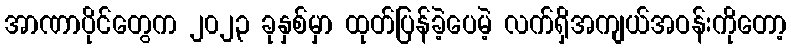
အာဏာပိုင်တွေက ၂၀၂၃ ခုနှစ်မှာ ထုတ်ပြန်ခဲ့ပေမဲ့ လက်ရှိအကျယ်အဝန်းကိုတော့